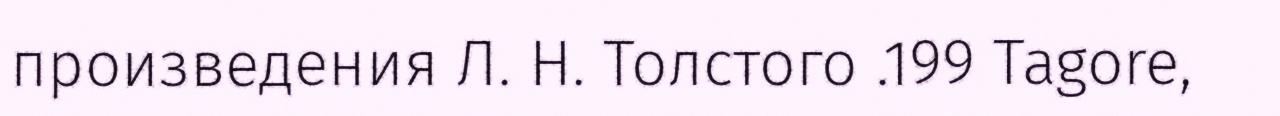
произведения Л. Н. Толстого .199 Tagore,